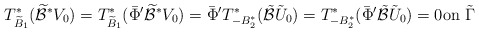
\begin{align*} T^*_{\widetilde B_1}(\widetilde{\mathcal B}^*V_0)= T^*_{\widetilde B_1}(\bar\Phi'\widetilde{\mathcal B}^*V_0)=\bar\Phi' T_{-B_2^*}^*(\tilde{\mathcal B}\tilde U_{0})= T_{-B_2^*}^*(\bar\Phi'\tilde{\mathcal B}\tilde U_{0})=0\mbox{on}\,\,\tilde \Gamma\end{align*}